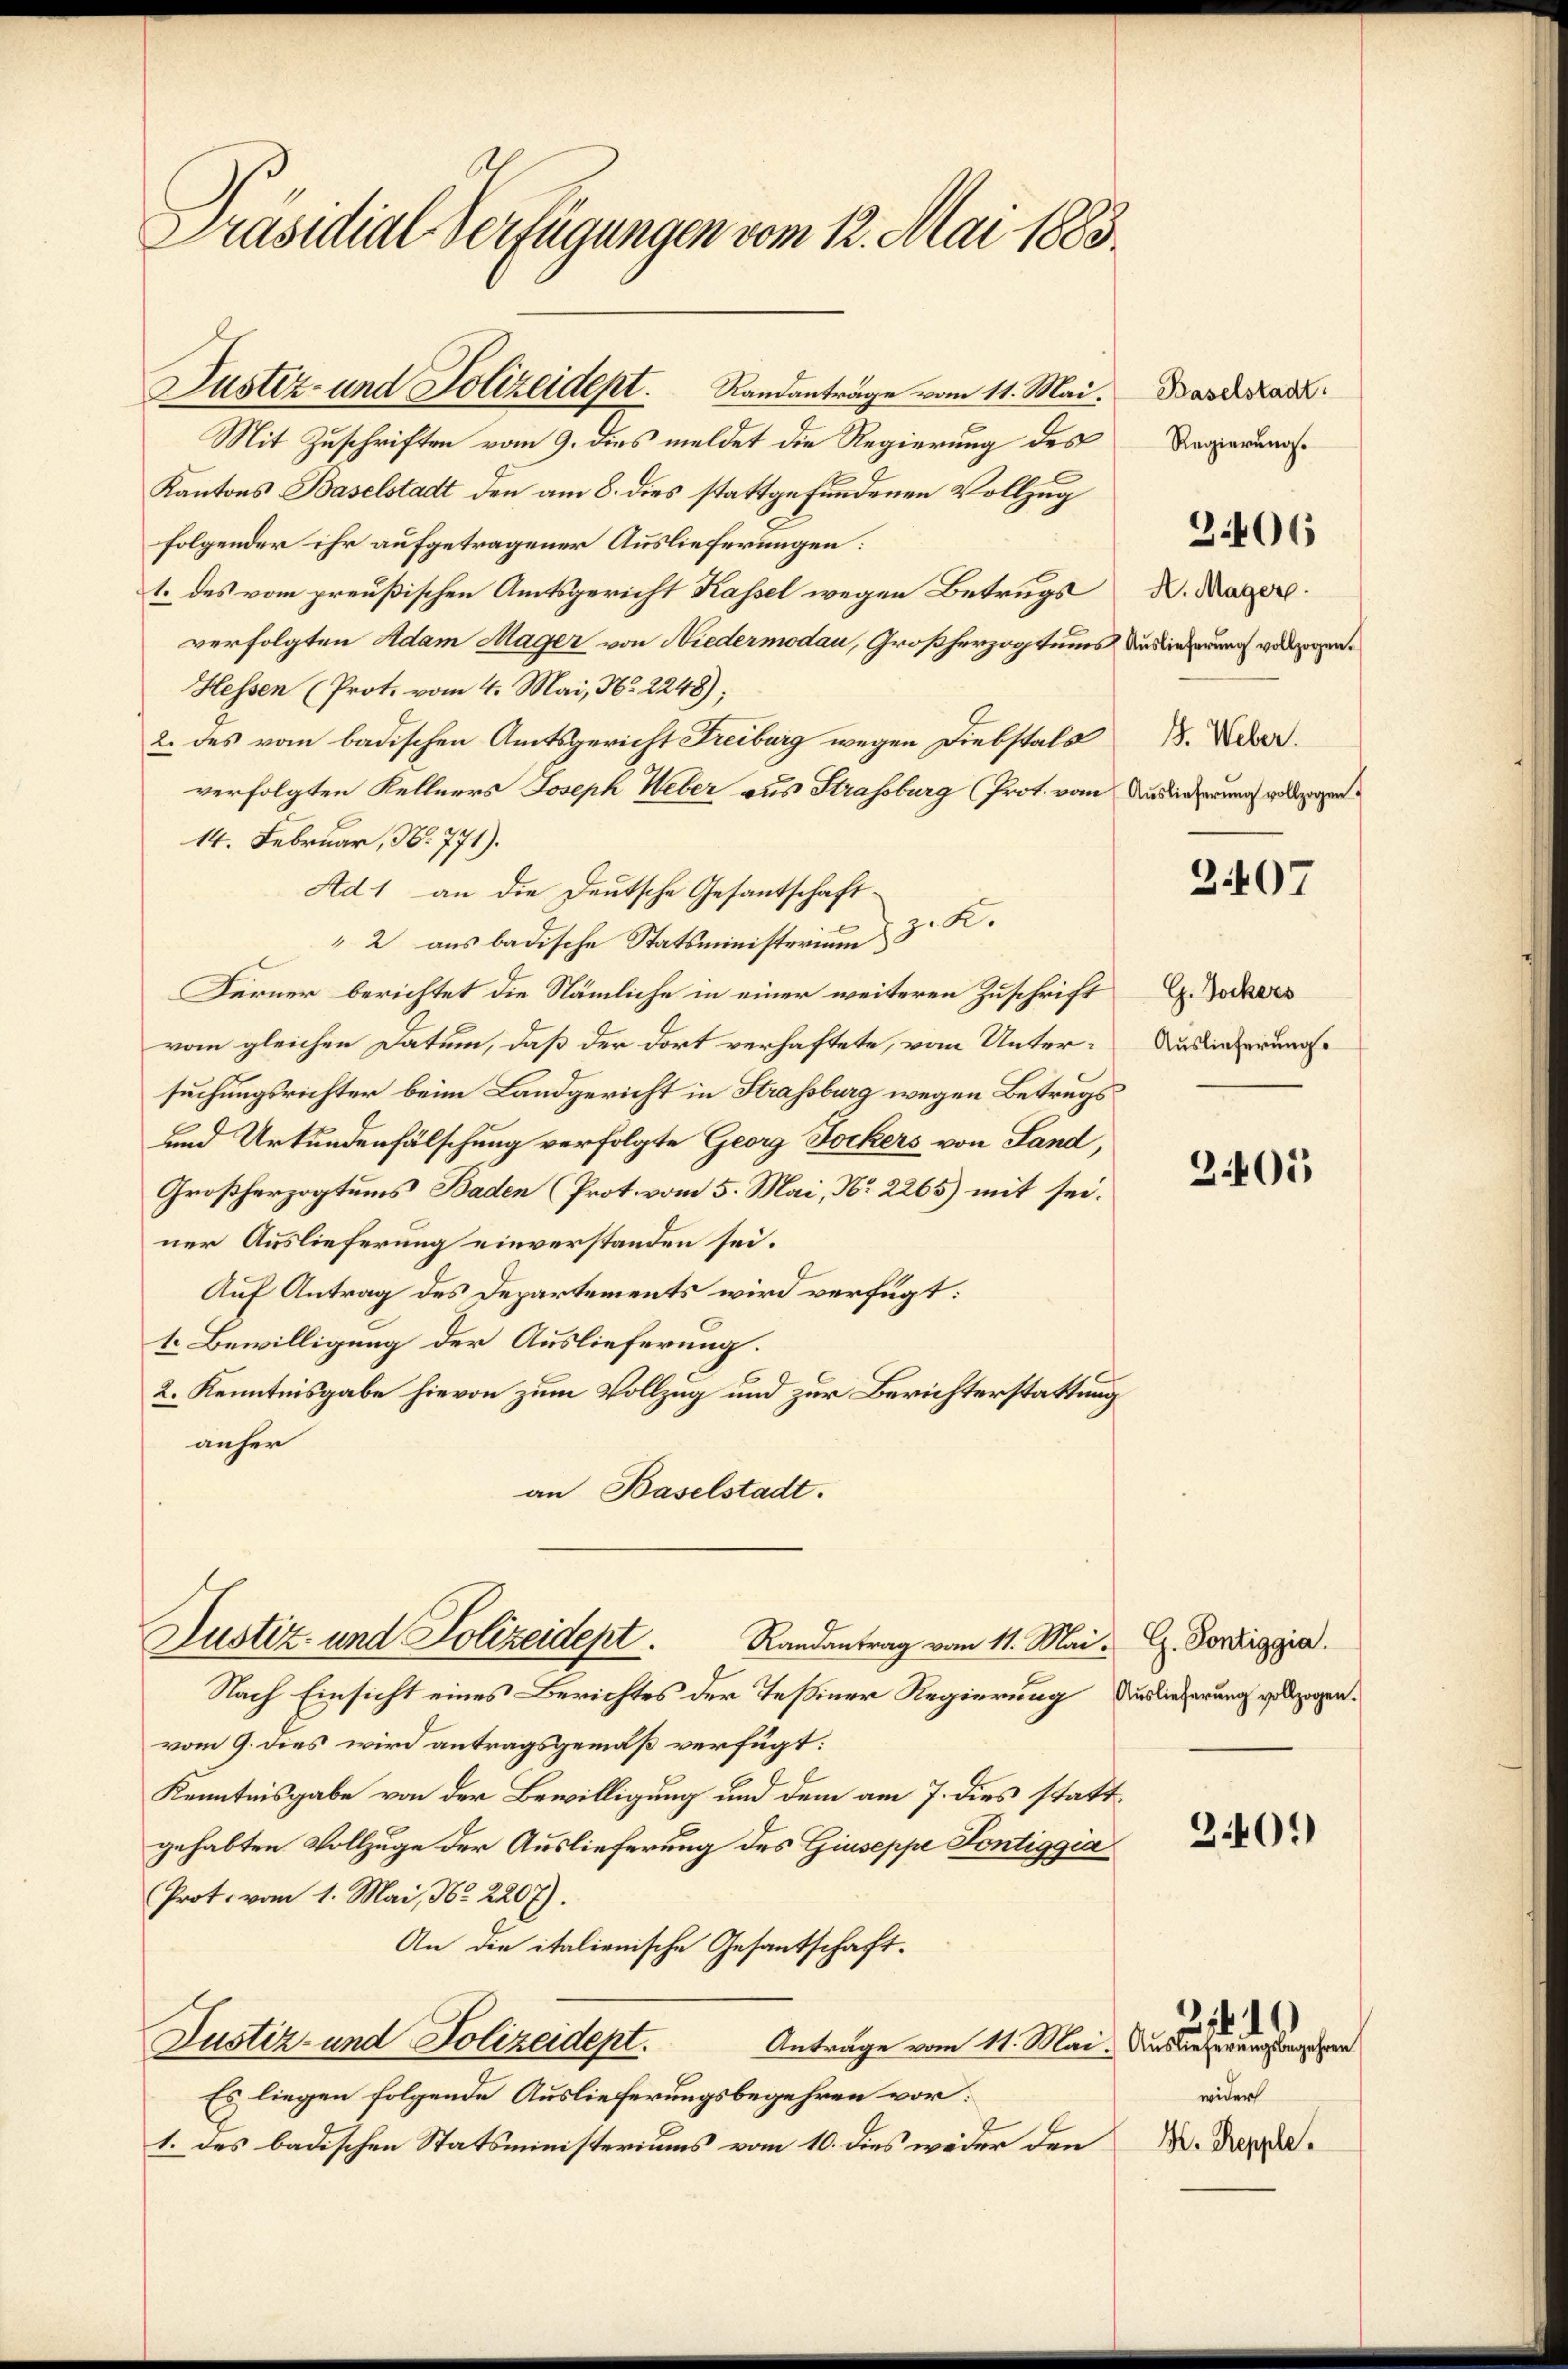
Präsidial-Verfügungen vom 12. Mai 1883

Mit Zuschriften vom 9. dies meldet die Regierung des
Kantons Baselstadt den am 8. dies stattgefundenen Vollzug
folgender ihr aufgetragener Auslieferungen:
1. des vom preußischen Amtsgericht Kassel wegen Betrugs
verfolgten Adam Mager von Niedermodau, Großherzogtums
Hessen (Prot. vom 4. Mai, Nr. 2248);
2. des vom badischen Amtsgericht Freiburg wegen Diebstals
verfolgten Kellners Joseph Weber aus Strassburg (Prot. vom
14. Februar, No. 771).
Ad 1 an die Deutsche Gesantschaft
K.
" 2 aus badische Statsministerium
Ferner berichtet die Nämliche in einer weiteren Zuschrift
vom gleichen Datum, daß der dort verhaftete, vom Untersuchungsrichter beim Landgericht in Strassburg wegen Betrugs
und Urkundenfälschung verfolgte Georg Sockers von Land,
Großherzogtums Baden (Prot. vom 5. Mai, No 2265) mit sei.
ner Auslieferung einverstanden sei.
Auf Antrag des Departements wird verfügt:
1. Bewilligung der Auslieferung.
C
2. Kenntnisgabe hievon zum Vollzug und zur Berichterstattung
anher
an Baselstadt.

Justiz- und Polizeidept. Randanträge vom 11. Mai.

Justiz- und Polizeidept.

Randantrag vom 11. Mai G. Pontiggia.
Nach Einsicht eines Berichtes der Teßiner Regierung
vom 9. dies wird antragsgemäß verfügt:
e
Kenntnisgabe von der Bewilligung und dem am 7. dies stattgehabten Vollzuge der Auslieferung des Giuseppe Pontiggia
Prot. vom 1. Mai, Nr. 2207).
An die italienische Gesantschaft.
Justiz- und Polizeidept.
Anträge vom 11. Mai.
Es liegen folgende Auslieferungsbegehren vor:
1. des badischen Statsministeriums vom 10. dies weder den

Baselstadt.
Regierung.

2406

A. Mager.
Auslieferung vollzogen.
I. Weber.
Auslieferung vollzogen.

2407

G. Dockers
Auslieferungs

2405

Auslieferung vollzogen.

301)

Auslieferungsbegehren
wider
H. Repple.

21. d.